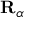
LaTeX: \mathbf { R } _ { \alpha }